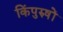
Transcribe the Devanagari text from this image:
किंपुरुषों